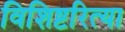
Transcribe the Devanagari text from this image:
विशिष्टरित्या